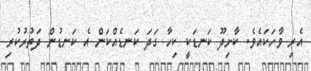
އެރި ވާހަކައެވެ. ކާށިދޫ ކަނޑަކީ ކިހާ ގަދަ ކަނޑެއްކަން އެ ކަނޑުން ދަތުރުކުރި